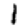
Digit: 1